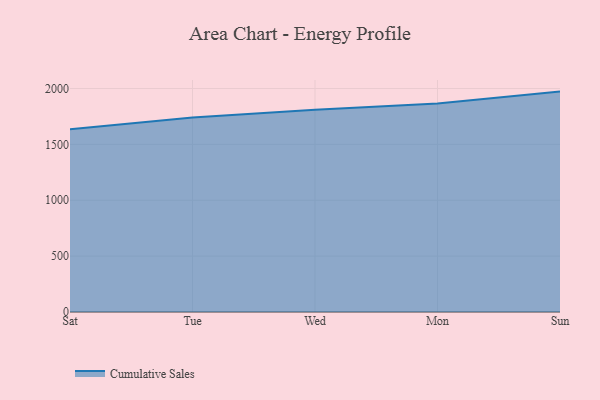
{"axis": {"x": "Day", "y": "Market Share (%)"}, "legend": ["Cumulative Sales"], "data": [{"x": "Sat", "y": 1635.9, "type": "Cumulative Sales"}, {"x": "Tue", "y": 1740.0, "type": "Cumulative Sales"}, {"x": "Wed", "y": 1810.6, "type": "Cumulative Sales"}, {"x": "Mon", "y": 1865.4, "type": "Cumulative Sales"}, {"x": "Sun", "y": 1972.2, "type": "Cumulative Sales"}]}